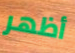
أظهر